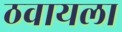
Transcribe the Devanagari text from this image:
ठवायला